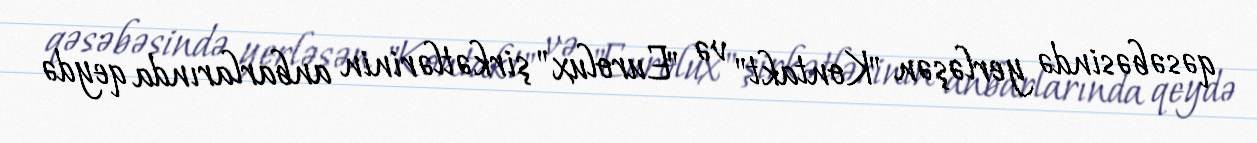
qəsəbəsində yerləşən "Kontakt" və "Eurolux" şirkətlərinin anbarlarında qeydə